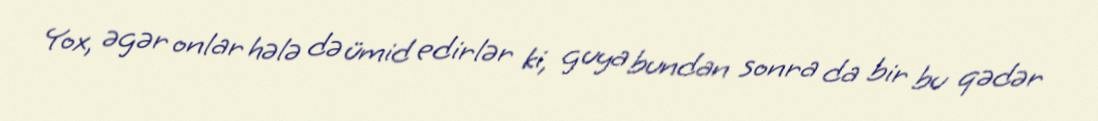
Yox, əgər onlar hələ də ümid edirlər ki, guya bundan sonra da bir bu qədər